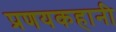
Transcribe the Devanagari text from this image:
प्रणयकहानी